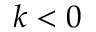
k < 0